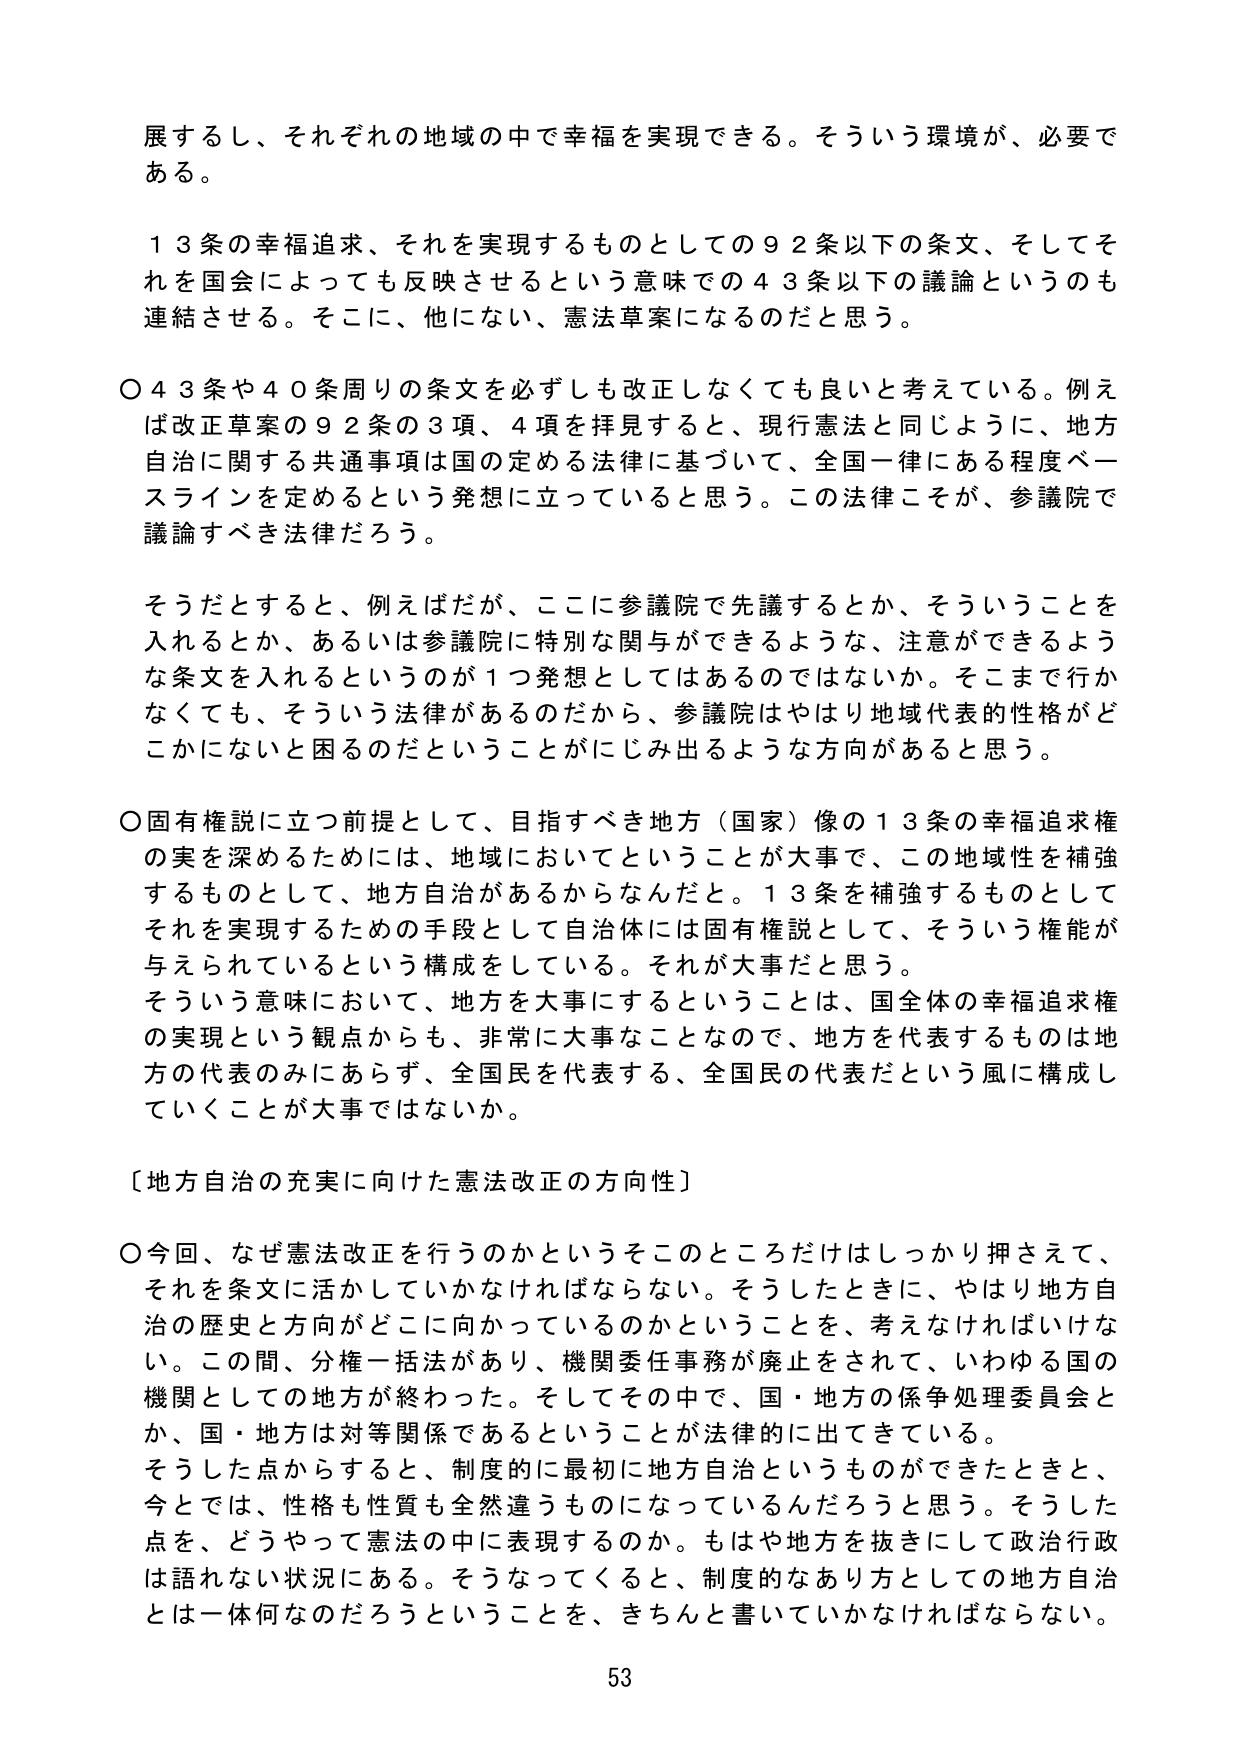
展するし、それぞれの地域の中で幸福を実現できる。そういう環境が、必要である。

１３条の幸福追求、それを実現するものとしての９２条以下の条文、そしてそれを国会によっても反映させるという意味での４３条以下の議論というのも連結させる。そこに、他にない、憲法草案になるのだと思う。

〇４３条や４０条周りの条文を必ずしも改正しなくても良いと考えている。例えば改正草案の９２条の３項、４項を拝見すると、現行憲法と同じように、地方自治に関する共通事項は国の定める法律に基づいて、全国一律にある程度ベースラインを定めるという発想に立っていると思う。この法律こそが、参議院で議論すべき法律だろう。

そうだとすると、例えばだが、ここに参議院で先議するとか、そういうことを入れるとか、あるいは参議院に特別な関与ができるような、注意ができるような条文を入れるというのが１つ発想としてはあるのではないか。そこまで行かなくても、そういう法律があるのだから、参議院はやはり地域代表的性格がどこかにないと困るのだということがにじみ出るような方向があると思う。

〇固有権説に立つ前提として、目指すべき地方（国家）像の１３条の幸福追求権の実を深めるためには、地域においてということが大事で、この地域性を補強するものとして、地方自治があるからなんだと思う。１３条を補強するものとしてそれを実現するための手段として自治体には固有権説として、そういう権能が与えられているという構成をしている。それが大事だと思う。

そういう意味において、地方を大事にすることとは、国全体の幸福追求権の実現という観点からも、非常に大事なことなので、地方を代表するものは地方の代表のみにあらず、全国民を代表する、全国民の代表だという風に構成していくことが大事ではないか。

〔地方自治の充実に向けた憲法改正の方向性〕

〇今回、なぜ憲法改正を行うのかというそこのことだけはしっかり押さえて、それを条文に活かしていかなければならない。そうしたときに、やはり地方自治の歴史と方向がどこに向かっているのかということを、考えなければならない。この間、分権一括法があり、機関委任事務が廃止をされて、いわゆる国の機関としての地方が終わった。そしてその中で、国・地方の係争処理委員会とか、国・地方は対等関係であるということが法律的に出てきている。

そうした点からすると、制度的に最初に地方自治というものができたときと、今とでは、性格も性質も全然違うものになっているんだろうと思う。そうした点を、どうやって憲法の中に表現するのか。もはや地方を抜きにして政治行政は語れない状況にある。そうなってくると、制度的なあり方としての地方自治とは一体何なのだろうということを、きちんと書いていかなければならない。

53